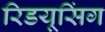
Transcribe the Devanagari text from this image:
रिडयूसिंग